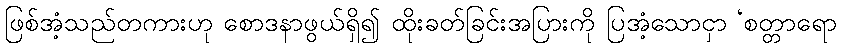
ဖြစ်အံ့သည်တကားဟု စောဒနာဖွယ်ရှိ၍ ထိုးခတ်ခြင်းအပြားကို ပြအံ့သောငှာ ‘စတ္တာရော